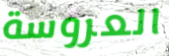
العروسة